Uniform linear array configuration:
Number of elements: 64
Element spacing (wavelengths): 0.25
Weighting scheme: blackman
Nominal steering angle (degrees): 15
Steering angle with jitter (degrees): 14.381
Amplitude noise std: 0.05
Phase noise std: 0.05

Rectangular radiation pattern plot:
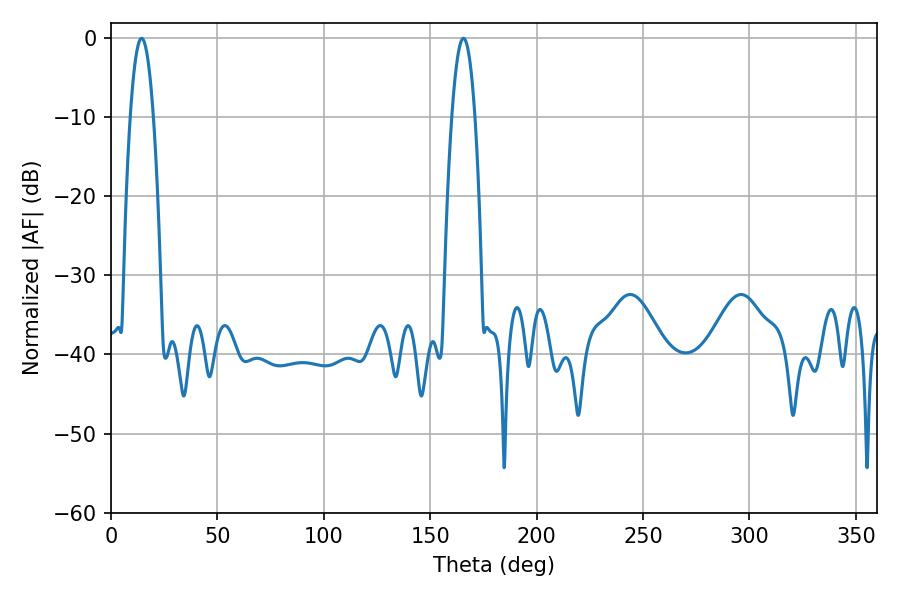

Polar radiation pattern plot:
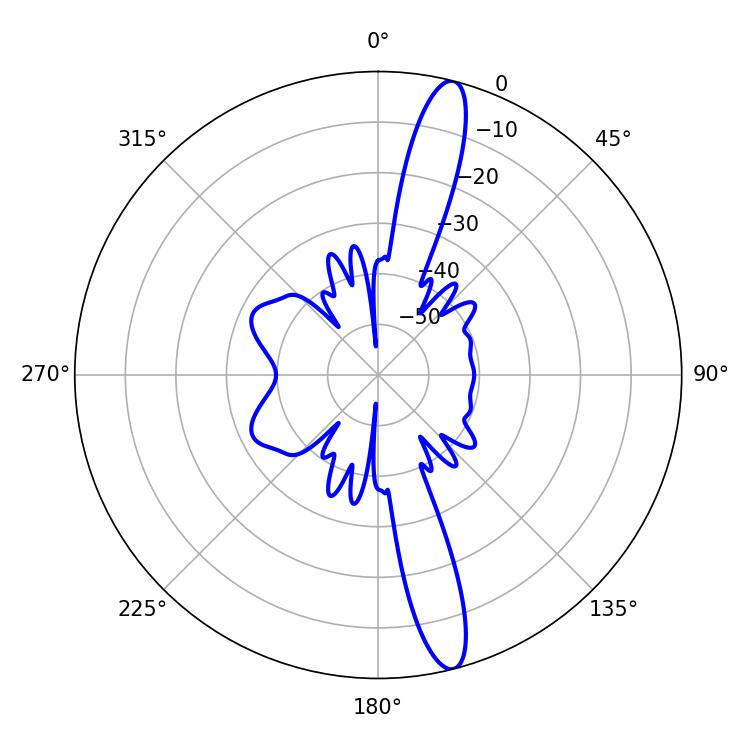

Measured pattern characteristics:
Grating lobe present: FALSE
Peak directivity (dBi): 15.544
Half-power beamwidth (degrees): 6.12
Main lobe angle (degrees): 14.4